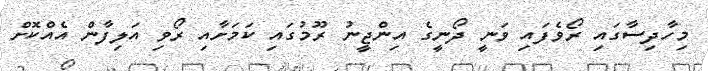
މިހާދިސާގައި ރޯވެފައި ވަނީ ދޯނީގެ އިންޖީނު ރޫމުގައި ކަމަށާއި ރޯވި އަލިފާން އެއްކޮށް